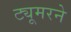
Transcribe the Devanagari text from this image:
ट्यूमरने